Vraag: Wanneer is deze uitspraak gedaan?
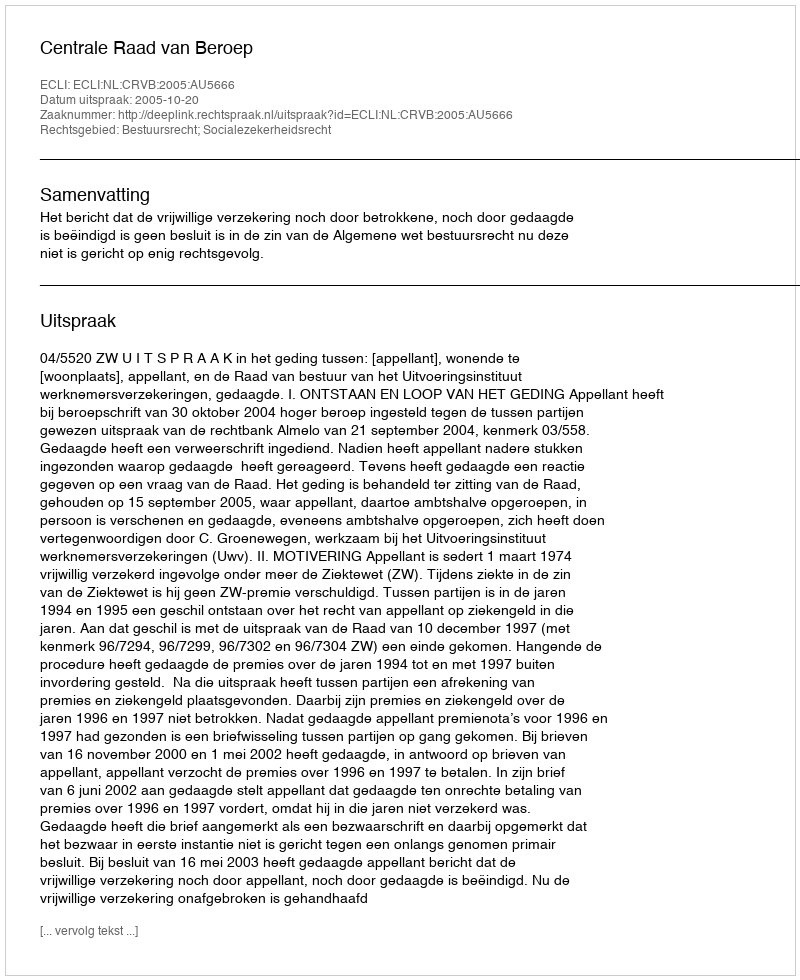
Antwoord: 2005-10-20